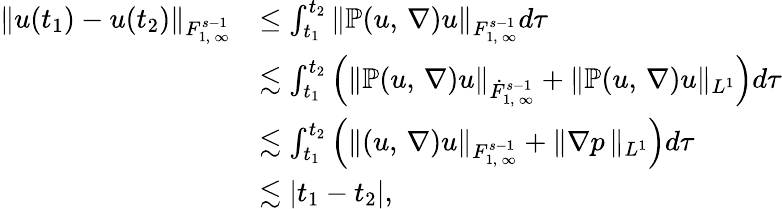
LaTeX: \begin{array}{rl}{\| u(t_{1})-u(t_{2})\| _{F_{1,\, \infty}^{s-1}}}&{\leq\int_{t_{1}}^{t_{2}}\| \mathbb{P}(u,\, \nabla)u\| _{F_{1,\, \infty}^{s-1}}d\tau}\\ &{\lesssim\int_{t_{1}}^{t_{2}}\left(\| \mathbb{P}(u,\, \nabla)u\| _{\dot{F}_{1,\, \infty}^{s-1}}+\| \mathbb{P}(u,\, \nabla)u\| _{L^{1}}\right)d\tau}\\ &{\lesssim\int_{t_{1}}^{t_{2}}\left(\| (u,\, \nabla)u\| _{{F}_{1,\, \infty}^{s-1}}+\| \nabla p\, \| _{L^{1}}\right)d\tau}\\ &{\lesssim|t_{1}-t_{2}|,}\end{array}